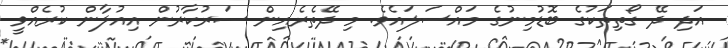
އަދި ދޭ ގޯތިތަކުގެ ބޮޑުމިނުގެ މައްސަލައެވެ. މި ދޭތެރެއިން ސަރުކާރުން އިއުލާން ކުރެއްވީ